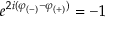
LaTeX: e ^ { 2 i ( \varphi _ { ( - ) } - \varphi _ { ( + ) } ) } = - 1